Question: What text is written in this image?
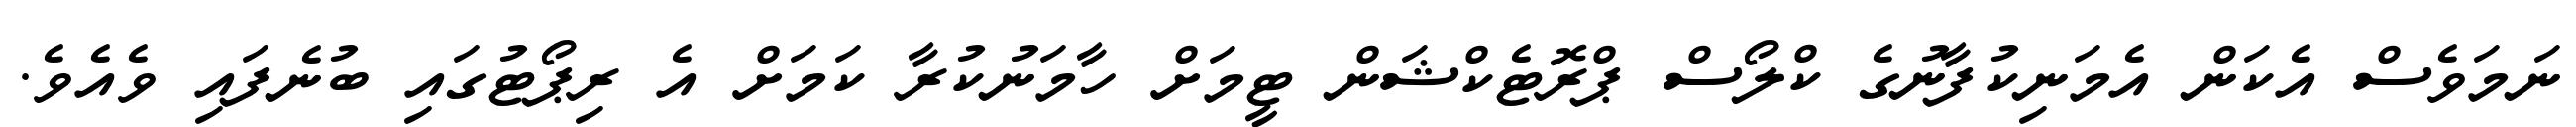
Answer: ނަމަވެސް އެކަން އެމަނިކުފާނުގެ ކްލޯސް ޕްރޮޓެކްޝަން ޓީމަށް ހާމަނުކުރާ ކަމަށް އެ ރިޕޯޓުގައި ބުނެފައި ވެއެވެ.